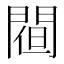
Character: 𨵀